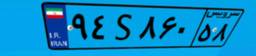
۹۴S۸۶۰۵۸